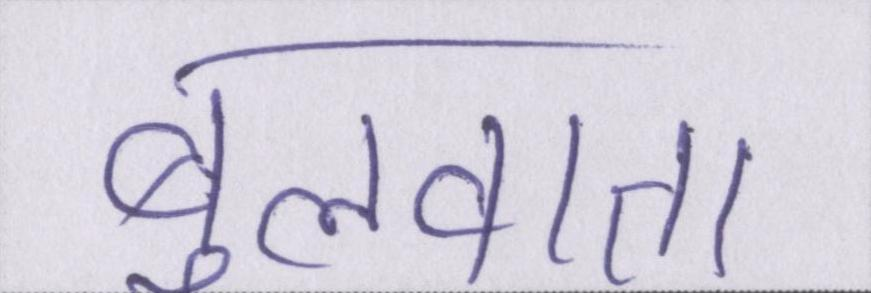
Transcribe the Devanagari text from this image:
बुलवाता